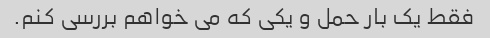
فقط یک بار حمل و یکی که می خواهم بررسی کنم.